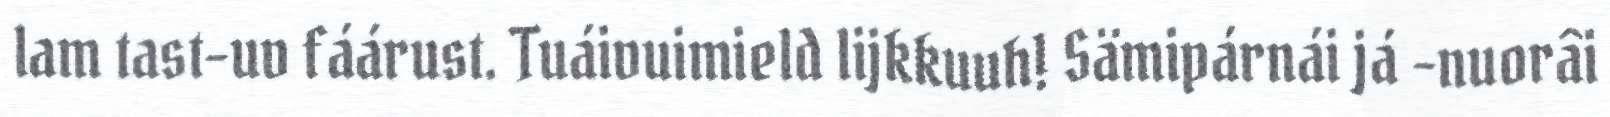
lam tast-uv fáárust. Tuáivuimield lijkkuuh! Sämipárnái já -nuorâi